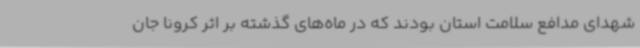
شهدای مدافع سلامت استان بودند که در ماه‌های گذشته بر اثر کرونا جان